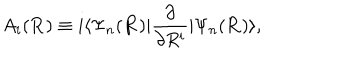
LaTeX: A _ { i } ( { \bf R } ) \equiv i \langle \Psi _ { n } ( { \bf R } ) | \frac { \partial } { \partial R ^ { i } } | \Psi _ { n } ( { \bf R } ) \rangle ,